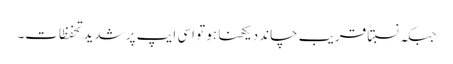
جبکہ نسبتاً قریب چاند دیکھنا ہو تو اسی ایپ پر شدید تحفظات۔